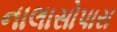
નાલાસોપારા